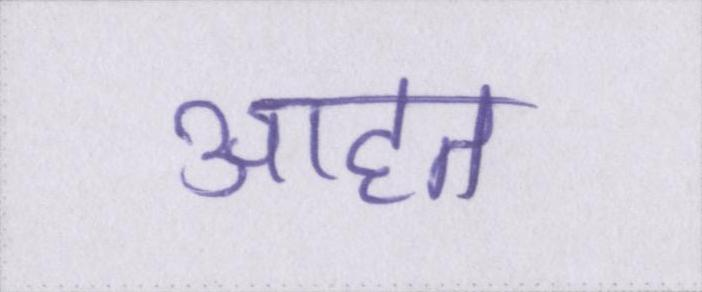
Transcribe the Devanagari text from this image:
आहत